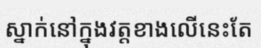
ស្នាក់នៅក្នុងវត្តខាងលើនេះតែ